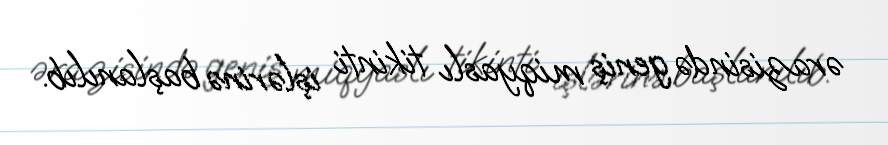
ərazisində geniş miqyaslı tikinti işlərinə başlanılıb.